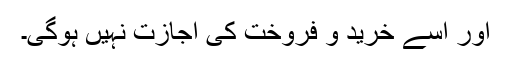
اور اسے خرید و فروخت کی اجازت نہیں ہوگی۔